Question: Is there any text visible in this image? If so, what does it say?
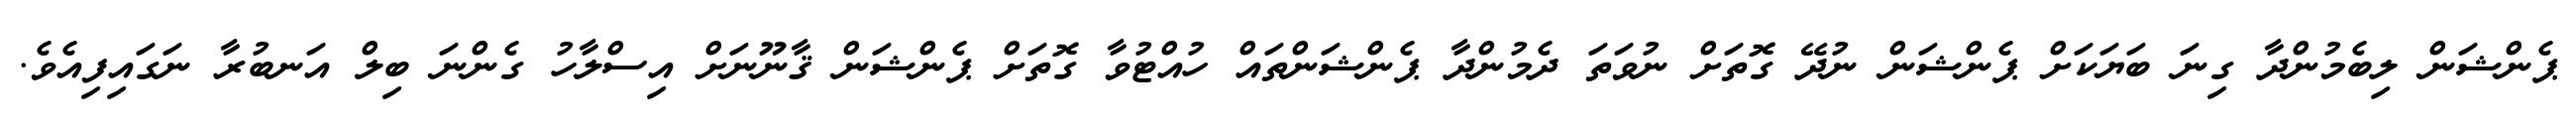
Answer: ޕެންޝަން ލިބެމުންދާ ގިނަ ބަޔަކަށް ޕެންޝަން ނުދޭ ގޮތަށް ނުވަތަ ދެމުންދާ ޕެންޝަންތައް ހުއްޓުވާ ގޮތަށް ޕެންޝަން ޤާނޫނަށް އިސްލާހު ގެންނަ ބިލް އަނބުރާ ނަގައިފިއެވެ.